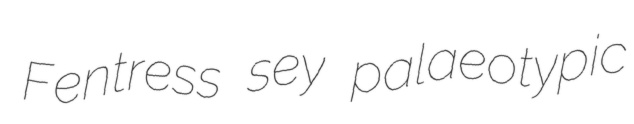
Fentress sey palaeotypic